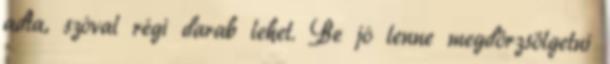
adta, szóval régi darab lehet. Be jó lenne megdörzsölgetni